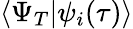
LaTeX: \langle\Psi_{T}|\psi_{i}(\tau)\rangle